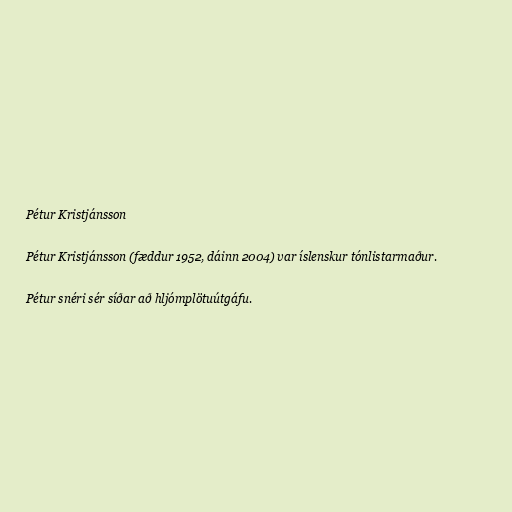
Pétur Kristjánsson

Pétur Kristjánsson (fæddur 1952, dáinn 2004) var íslenskur tónlistarmaður.

Pétur snéri sér síðar að hljómplötuútgáfu.